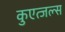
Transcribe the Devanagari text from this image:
कुएत्जल्स